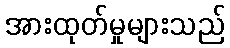
အားထုတ်မှုများသည်